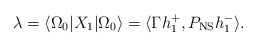
\begin{align*}\lambda = \langle \Omega_0 | X_1 | \Omega_0\rangle = \langle \Gamma h_1^+, P_{\rm NS}h_1^- \rangle .\end{align*}